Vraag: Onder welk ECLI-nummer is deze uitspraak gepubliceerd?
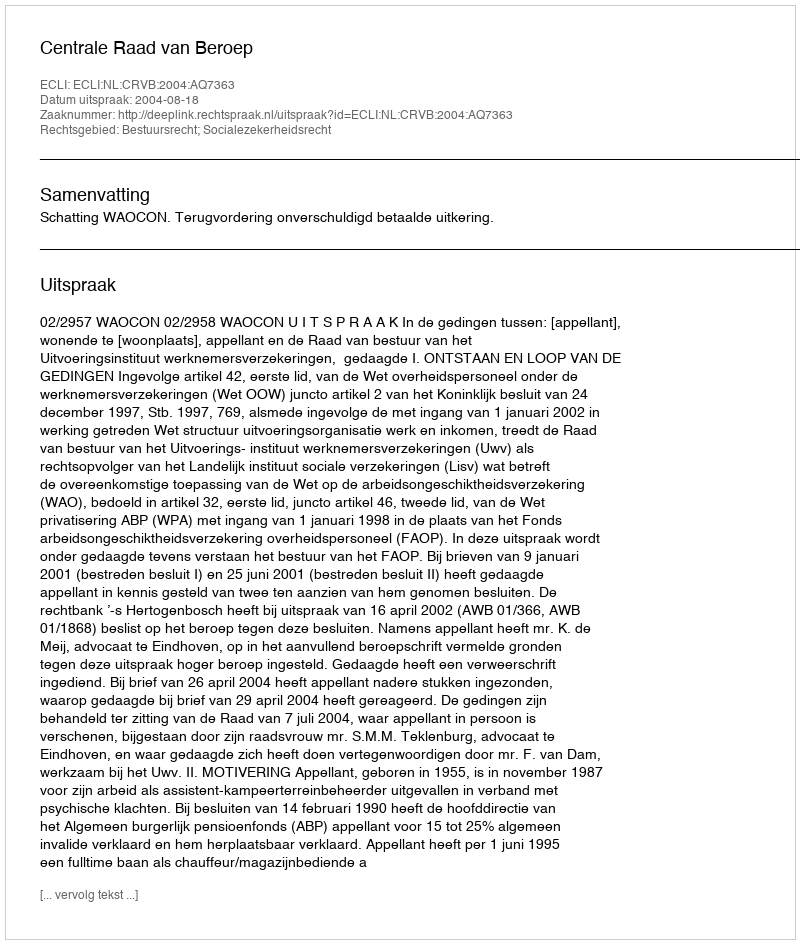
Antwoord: ECLI:NL:CRVB:2004:AQ7363